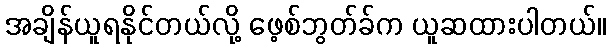
အချိန်ယူရနိုင်တယ်လို့ ဖေ့စ်ဘွတ်ခ်က ယူဆထားပါတယ်။